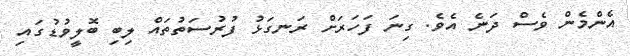
އެންމެން ވެސް ދަނެ އެވެ. ގިނަ ފަހަރަށް ރަނގަޅު ފުރުސަތުތައް ލިބި ބޮލީވުޑުގައި